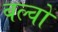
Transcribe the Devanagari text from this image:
बल्वों